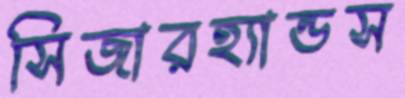
সিজারহ্যান্ডস